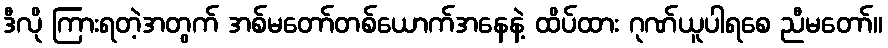
ဒီလို ကြားရတဲ့အတွက် အစ်မတော်တစ်ယောက်အနေနဲ့ ထိပ်ထား ဂုဏ်ယူပါရစေ ညီမတော်။